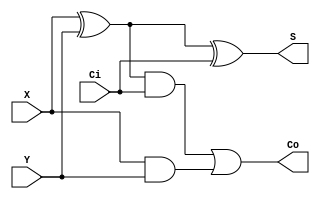
module fulladder(X, Y, Ci, S, Co);
  input X, Y, Ci;
  output S, Co;
  wire w1,w2,w3;
  xor G1(w1, X, Y);
  xor G2(S, w1, Ci);
  and G3(w2, w1, Ci);
  and G4(w3, X, Y);
  or G5(Co, w2, w3);
endmodule

module magnitudecomp(X, Y, S, Co, aeb, ageb, aleb);
 input [3:0] X, Y;
 output wire [3:0] S;
 output wire Co;
 output aeb, ageb, aleb;
 wire w1, w2, w3;
 fulladder u1(X[0], Y[0], 1'b1, S[0], w1);
 fulladder u2(X[1], Y[1], w1, S[1], w2);
 fulladder u3(X[2], Y[2], w2, S[2], w3);
 fulladder u4(X[3], Y[3], w3, S[3], Co);
 assign aeb = ~S[0]&~S[1]&~S[2]&~S[3];
 assign ageb = aeb | ~Co;
 assign aleb = Co;
endmodule